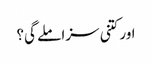
اور کتنی سزا ملے گی؟